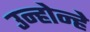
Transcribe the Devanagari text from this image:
उन्होन्हे